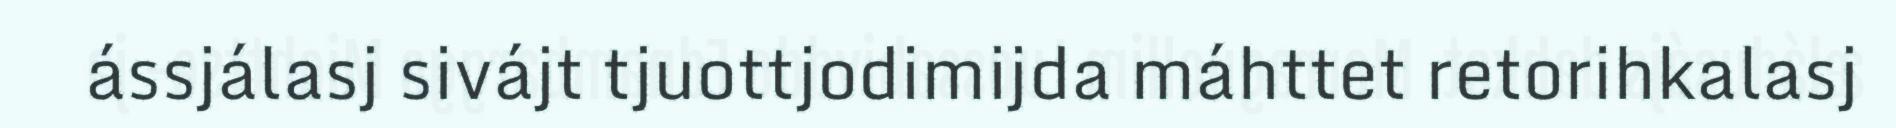
ássjálasj sivájt tjuottjodimijda máhttet retorihkalasj